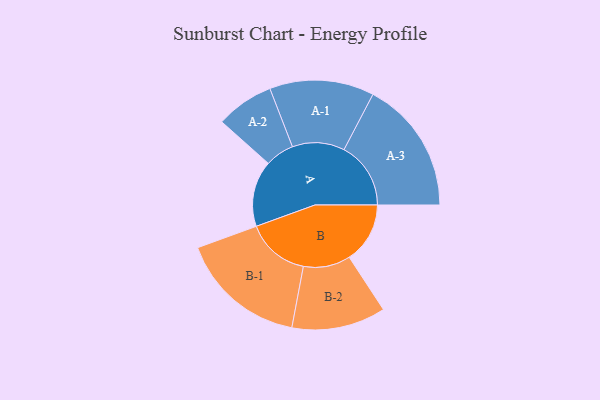
{"axis": {"x": "Segment", "y": "Value"}, "legend": ["", "A", "B"], "data": [{"x": "A", "y": 264, "type": ""}, {"x": "B", "y": 243, "type": ""}, {"x": "A-1", "y": 209, "type": "A"}, {"x": "A-2", "y": 116, "type": "A"}, {"x": "A-3", "y": 267, "type": "A"}, {"x": "B-1", "y": 254, "type": "B"}, {"x": "B-2", "y": 188, "type": "B"}]}